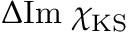
\Delta \mathrm { I m } ~ { \chi } _ { \mathrm { K S } }